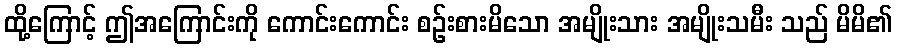
ထို့ကြောင့် ဤအကြောင်းကို ကောင်းကောင်း စဉ်းစားမိသော အမျိုးသား အမျိုးသမီး သည် မိမိ၏